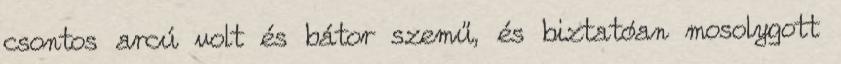
csontos arcú volt és bátor szemű, és biztatóan mosolygott